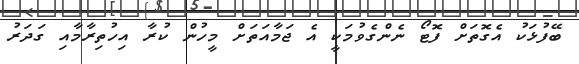
ބޭފުޅަކު އެގޮތަށް ފޮޓޯ ނެންގެވުމަކީ އެ ޖަމާއަތަށް މީހުން ކުރާ އިހުތިރާމާއި ގަދަރު